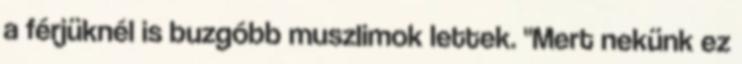
a férjüknél is buzgóbb muszlimok lettek. "Mert nekünk ez